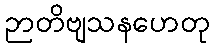
ဉာတိဗျသနဟေတု